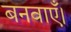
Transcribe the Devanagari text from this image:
बनवाएँ।